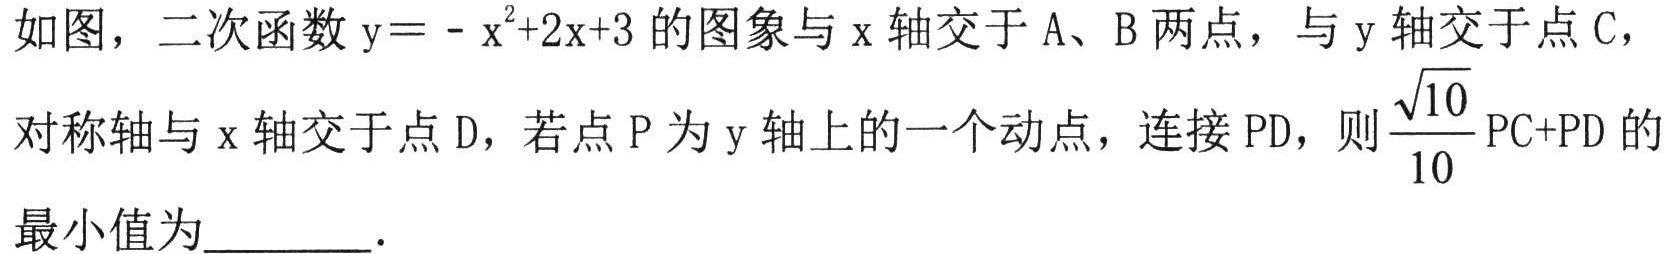
如图，二次函数\(y = -x^{2}+2x + 3\)的图象与\(x\)轴交于\(A\)、\(B\)两点，与\(y\)轴交于点\(C\)，
对称轴与\(x\)轴交于点\(D\)，若点\(P\)为\(y\)轴上的一个动点，连接\(PD\)，则\(\frac{\sqrt{10}}{10}PC + PD\)的
最小值为  ．